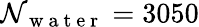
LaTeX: \mathcal{N}_{\mathrm{{~w~a~t~e~r~}}}=3050